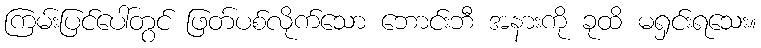
ကြမ်းပြင်ပေါ်တွင် ဖြတ်ပစ်လိုက်သော ဘောင်းဘီ အနားကို ခုထိ မရှင်းရသေး။